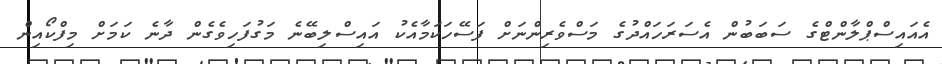
އެއައިސްޕްލާންޓްގެ ސަބަބުން އެސަރަހައްދުގެ މަސްވެރިންނަށް ފަސޭހަކަމާއެކު އައިސްލިބޭނެ މަގުފަހިވެގެން ދާނެ ކަމަށް މިފްކޯއިން